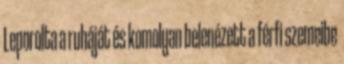
Leporolta a ruháját és komolyan belenézett a férfi szemeibe